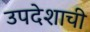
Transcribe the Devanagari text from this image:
उपदेशाची